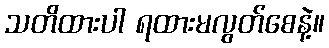
သတိထားပါ ရထားမလွတ်စေနဲ့။